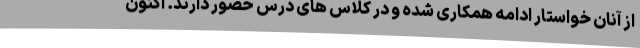
از آنان خواستار ادامه همکاری شده و در کلاس های درس حضور دارند. اکنون